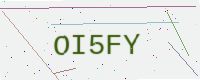
Text: OI5FY